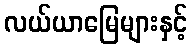
လယ်ယာမြေများနှင့်